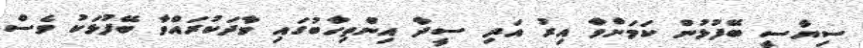
ސިޔާސީ ބޭފުޅުން ކަމަށްވާ އިރު އަދި ސީދާ އިންތިހާބުގައި ވާދަކުރައްވާ ބޭފުޅަކު ވެސް